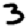
Digit: 3